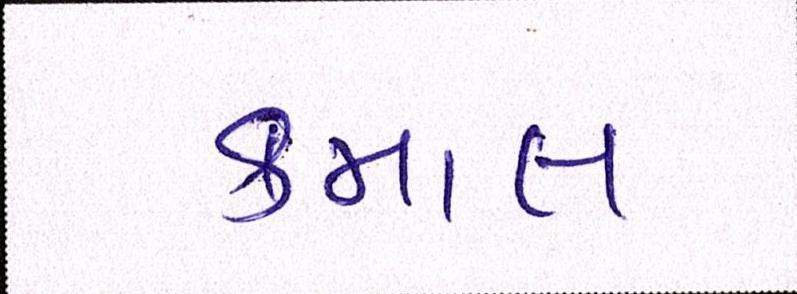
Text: કમાલ